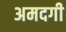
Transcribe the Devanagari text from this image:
अमदगी